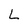
Character: L